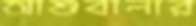
আশুবালার